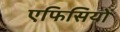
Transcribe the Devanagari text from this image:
एफिसियों